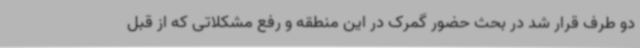
دو طرف قرار شد در بحث حضور گمرک در این منطقه و رفع مشکلاتی که از قبل